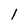
Character: l